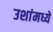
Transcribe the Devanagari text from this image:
उशांमध्ये